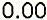
0.00